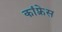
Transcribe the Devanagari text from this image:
कांफ़्रेस